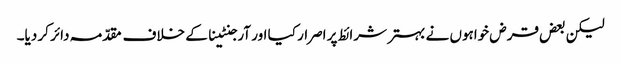
لیکن بعض قرض خواہوں نے بہتر شرائط پر اصرار کیا اور آرجنٹینا کے خلاف مقدّمہ دائر کر دیا۔